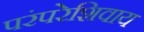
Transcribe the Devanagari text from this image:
परंपरेशिवाय